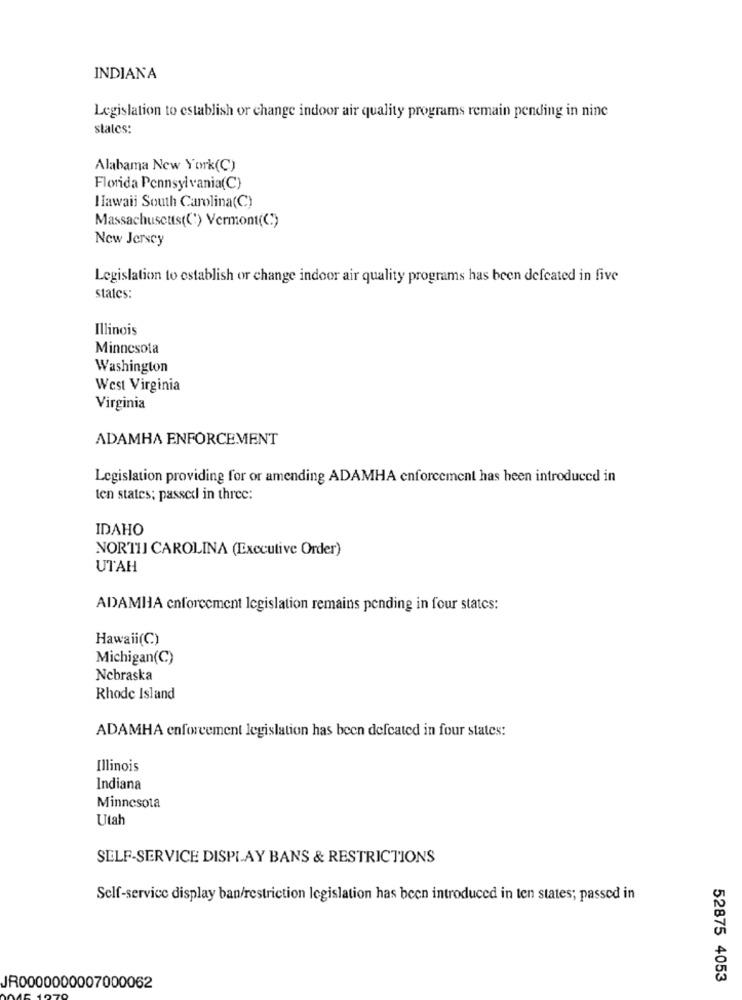
INDIANA
Legislation to establish or change indoor air quality programs remain pending in nine
stalcs:
Alabama New York(C)
Florida Pennsylvania(C}
Hawaii South Carolina(C)
Massachusetts((') Vermont((:)
New Jersey
Legislation to establish or change indoor air quality programs has been defeated in five
states:
Illinois
Minnesota
Washington
West Virginia
Virginia
ADAMHA ENFORCEMENT
Legislation providing for or amending ADAMHA enforcement has been introduced in
len states; passed in three:
IDAHO
NORTH CAROLINA (Executive Order)
UTAH
ADAMHA enforcement legislation remains pending in four states:
Hawaii(C)
Michigan(C)
Nebraska
Rhode Island
ADAMHA enforcement legislation has been defeated in four states:
Illinois
Indiana
Minnesota
Utah
SELF-SERVICE DISPLAY BANS & RESTRICTIONS
Self-service display ban/restriction legislation has been introduced in ten states; passed in
52875 4053
JR0000000007000062